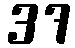
37